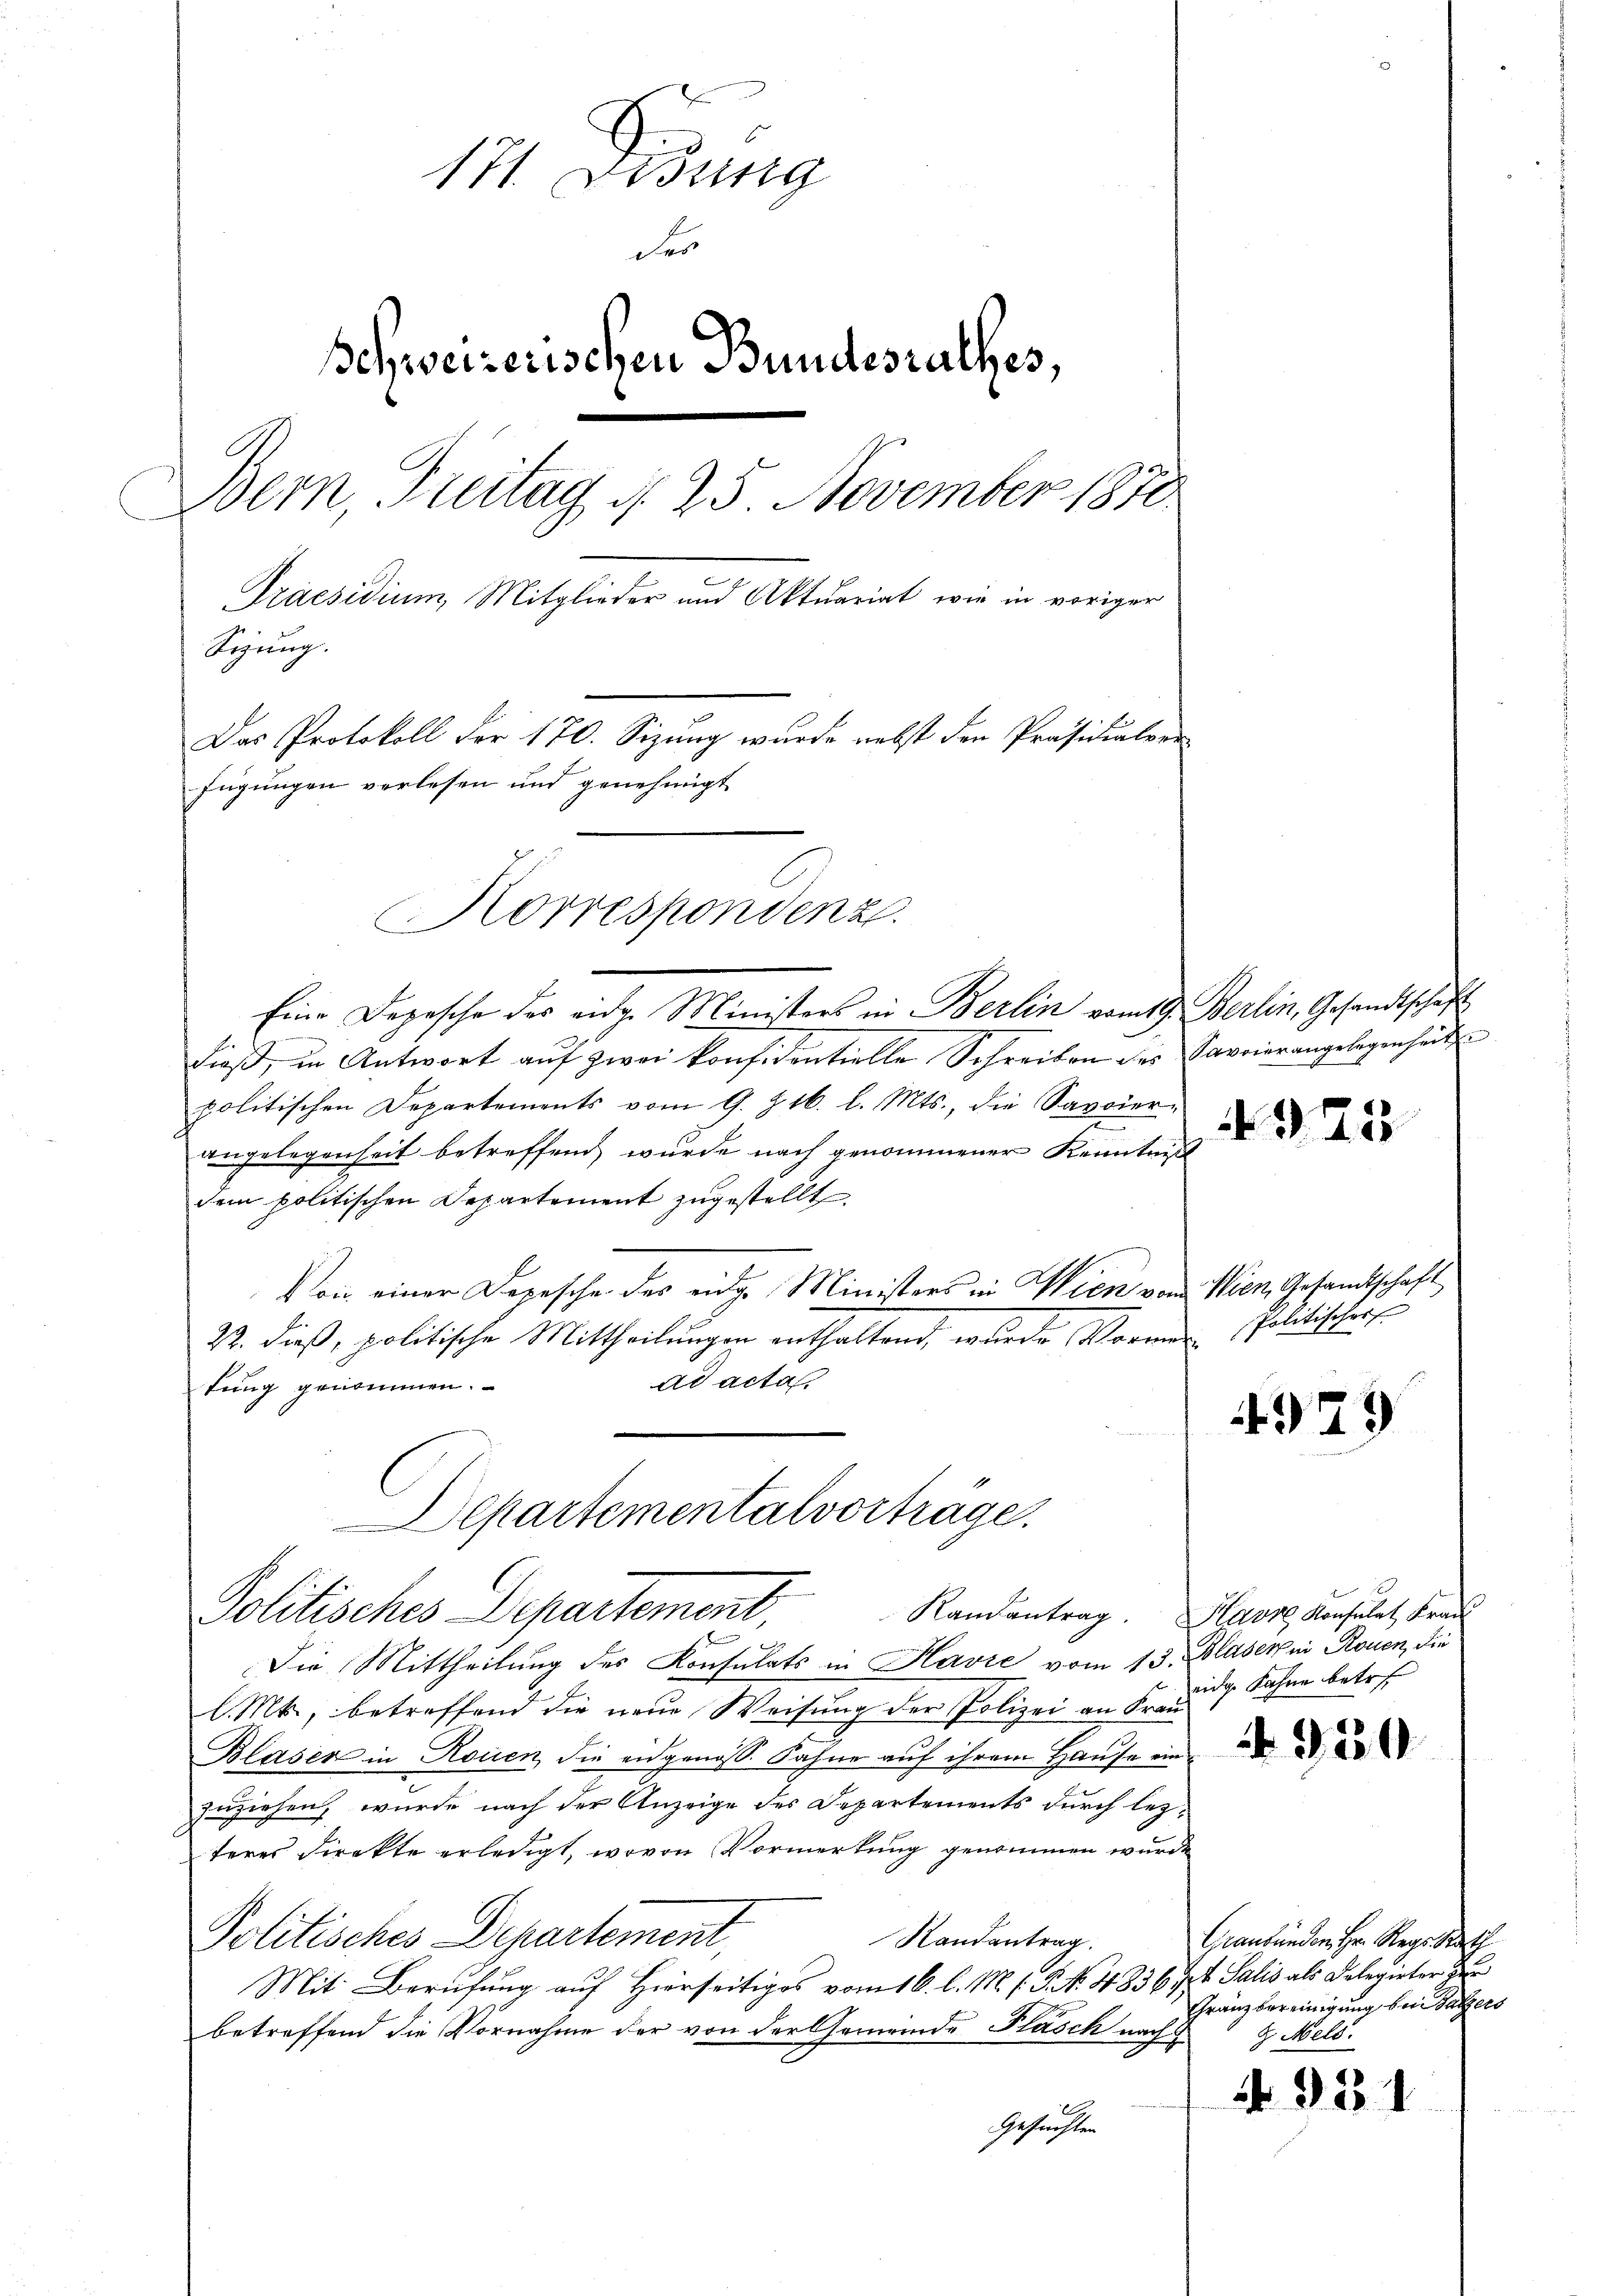
171. Lesung
der
Schweizerischen Bundesrathes,
Bern, Freitag d. 25. November 1870
Praesidium, Mitglieder und Aktuariat, wie in voriger
Sizung.
Der Protokoll der 170. Segung wurde nechst den Präsidialen
fügungen verlesen und genehmigt
Korrespondenz.

Eine Depesche des eidge Ministers in Berlin vom 19. Berlin, Gesandtschaft
dieß, in Antwort auf zwei konfidentielle Schreiben des Savoierangelegenheit
politischen Departements vom 9. Z. 16. l. Mts., die Savoier-
angelegenheit betreffend, wurde nach genommener Kenntniß
dem politischen Departement zugestellt.
Von einer Depesche des eidg. Ministers in Wien vom Wien, Gesandtschaft
22. dieß, politische Mittheilungen enthaltend, wurde Vormen Politischer
ad acta
tung genommen.
Randantrag. Havre Konsulat Frau
2
Die Mittheilung des Konsulats in Havre vom 13. Blasern Rouen, die
l. Mts., betreffend die neue Weisung der Polizei an Frau
Blasen in Rouen, die eidgenohl. Sahne auf ihrem Hause ein
zuziehen, wurde nach der Anzeige des Departements durch lezteres Direkte erledigt, wovon Vormerkŭng genommen wurde
Politisches Departement,
Randantrag.
Mit Berufung auf Hierseitiges vom 16. l. M. h. P. Nr. 4836. 7. Salis als Delegirter zur
betreffend die Vornahme der von der Gemeinde Pasch nach
Gesuchten

Departementalvorträge.
Politisches Departement,

95

4979

eidige Sohne betref

Graubünden Hr. Reg. Rath
Gränzbereinigung bei Satzers
2 Mels.

N. 95. 1